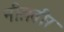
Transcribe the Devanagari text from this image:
नीलवीर